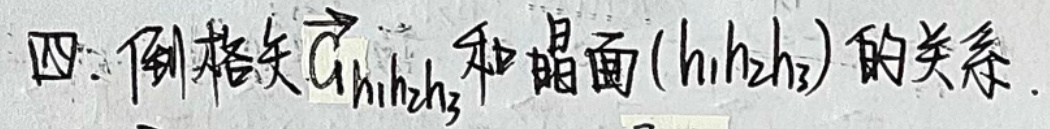
四、倒格矢\(\vec{G}_{h_1h_2h_3}\)和晶面\((h_1h_2h_3)\)的关系.